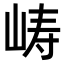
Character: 𫝵